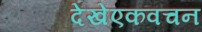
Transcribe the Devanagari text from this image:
देखेंएकवचन